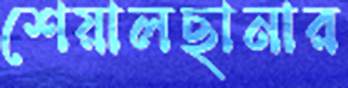
শেয়ালছানার